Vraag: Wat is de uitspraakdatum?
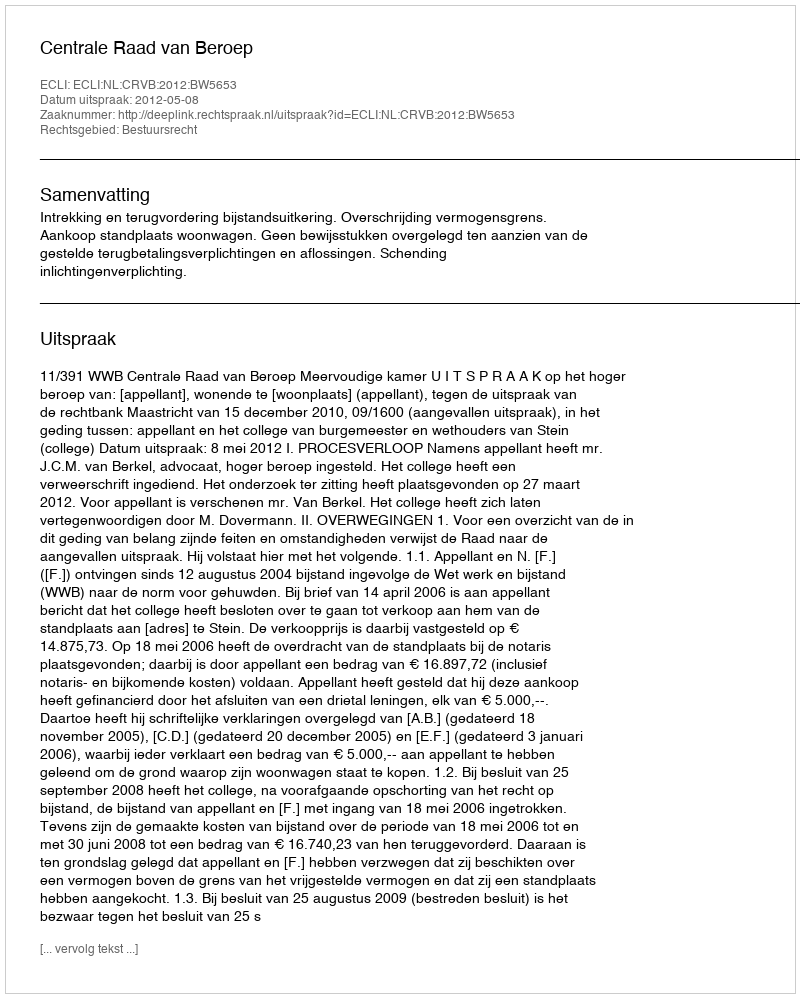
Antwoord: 2012-05-08